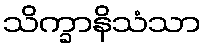
သိက္ခာနိသံသာ